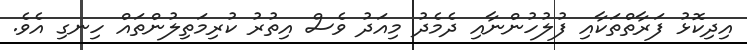
އިދިކޮޅު ފަރާތްތަކާއި ފުލުހުންނާއި ދެމެދު މިއަދު ވެސް އިތުރު ކުރިމަތިލުންތައް ހިނގި އެވެ.